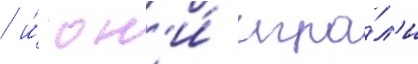
/ и́ он'и́ игра́л'и